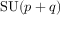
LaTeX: \mathrm { S U } ( p + q )